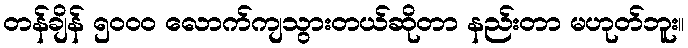
တန်ချိန် ၅၀၀၀ လောက်ကျသွားတယ်ဆိုတာ နည်းတာ မဟုတ်ဘူး။